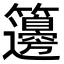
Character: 籩